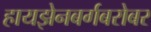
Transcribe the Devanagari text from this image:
हायझेनबर्गबरोबर